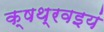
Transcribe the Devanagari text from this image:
क्षथ्रवइयं